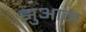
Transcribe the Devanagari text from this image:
झुआन